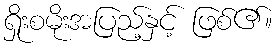
ရှိုးစမိုးအပြည့်နှင့် ဖြစ်၏။